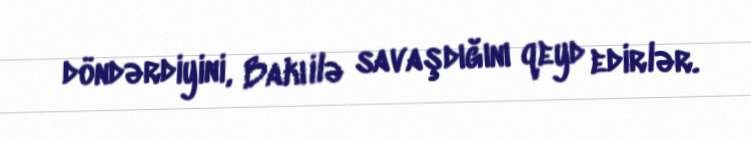
döndərdiyini, Bakı ilə savaşdığını qeyd edirlər.